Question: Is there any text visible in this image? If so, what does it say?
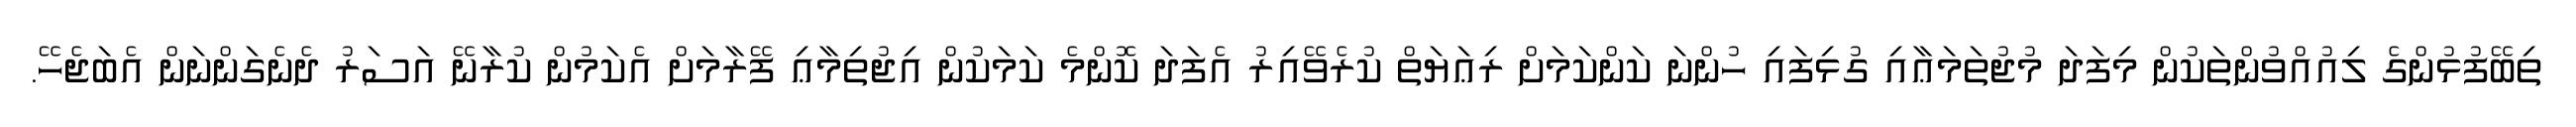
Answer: ތިބޭފުޅުންގެ ލިއުއްވުންތަކުން މިފަދަ މުޖުތަމަޢާއި ގުޅިފައި ހުންނަ ކަންކަމަށް ރިޢަޔަތް ކުރެވޭއިރު އެފަދަ ކޮންމެ ކަމަކުން އިޖުތިމާޢި ފޭރާމަށް އެކަމުން ކުރާނޭ އަސަރު ދެނެގަންނަން އެބަޖެހޭ.